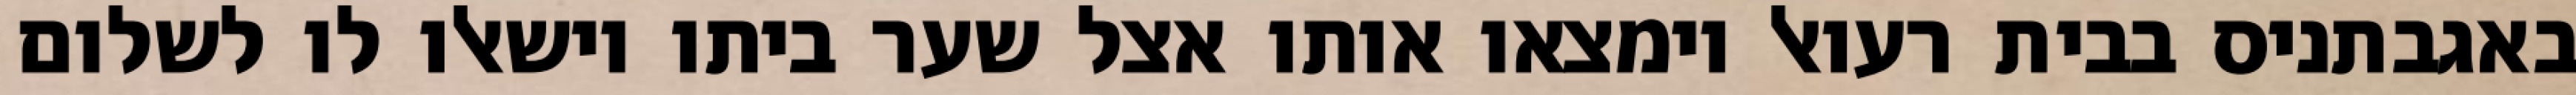
באגבתניס בבית רעואל וימצאו אותו אצל שער ביתו וישאלו לו לשלום